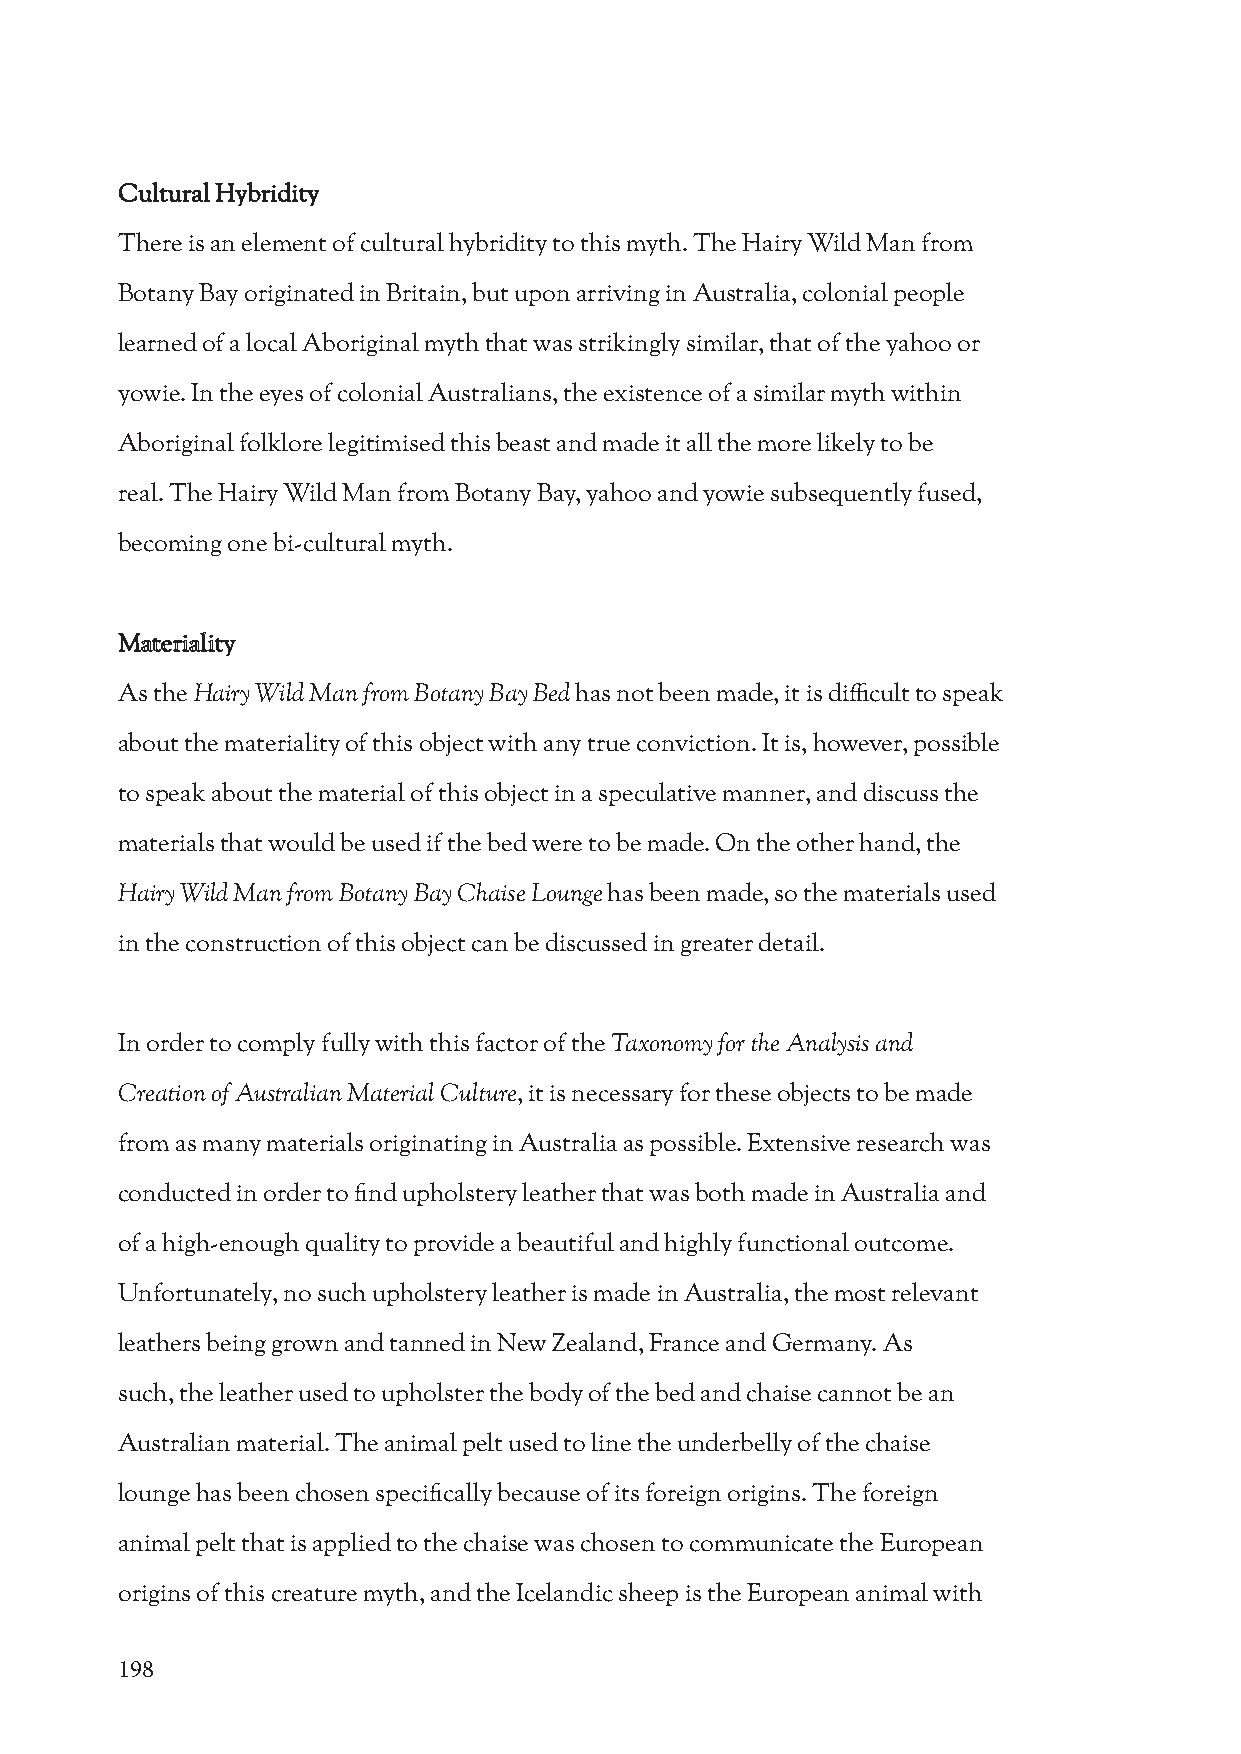
Cultural Hybridity
 There is an element of cultural hybridity to this myth. The Hairy Wild Man from
 Botany Bay originated in Britain, but upon arriving in Australia, colonial people
 learned of a local Aboriginal myth that was strikingly similar, that of the yahoo or
 yowie. In the eyes of colonial Australians, the existence of a similar myth within
 Aboriginal folklore legitimised this beast and made it all the more likely to be
 real. The Hairy Wild Man from Botany Bay, yahoo and yowie subsequently fused,
 becoming one bi-cultural myth.
 Materiality
 As the Hairy Wild Man from Botany Bay Bed has not been made, it is difficult to speak
 about the materiality of this object with any true conviction. It is, however, possible
 to speak about the material of this object in a speculative manner, and discuss the
 materials that would be used if the bed were to be made. On the other hand, the
 Hairy Wild Man from Botany Bay Chaise Lounge has been made, so the materials used
 in the construction of this object can be discussed in greater detail.
 In order to comply fully with this factor of the Taxonomy for the Analysis and
 Creation of Australian Material Culture, it is necessary for these objects to be made
 from as many materials originating in Australia as possible. Extensive research was
 conducted in order to find upholstery leather that was both made in Australia and
 of a high-enough quality to provide a beautiful and highly functional outcome.
 Unfortunately, no such upholstery leather is made in Australia, the most relevant
 leathers being grown and tanned in New Zealand, France and Germany. As
 such, the leather used to upholster the body of the bed and chaise cannot be an
 Australian material. The animal pelt used to line the underbelly of the chaise
 lounge has been chosen specifically because of its foreign origins. The foreign
 animal pelt that is applied to the chaise was chosen to communicate the European
 origins of this creature myth, and the Icelandic sheep is the European animal with
 198